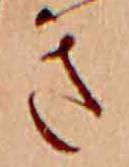
き